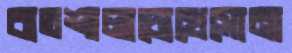
বাতশালাচোখেসোনা